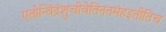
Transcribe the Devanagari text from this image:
एतोन्विंद्रंशुचीवेतिनतमंहइतीतिच